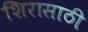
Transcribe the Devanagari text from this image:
शिरासाठी